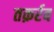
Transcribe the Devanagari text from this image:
तक़र्रब